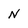
Character: N